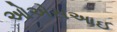
ઓએસઆઈ